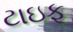
ટાઇફૂ